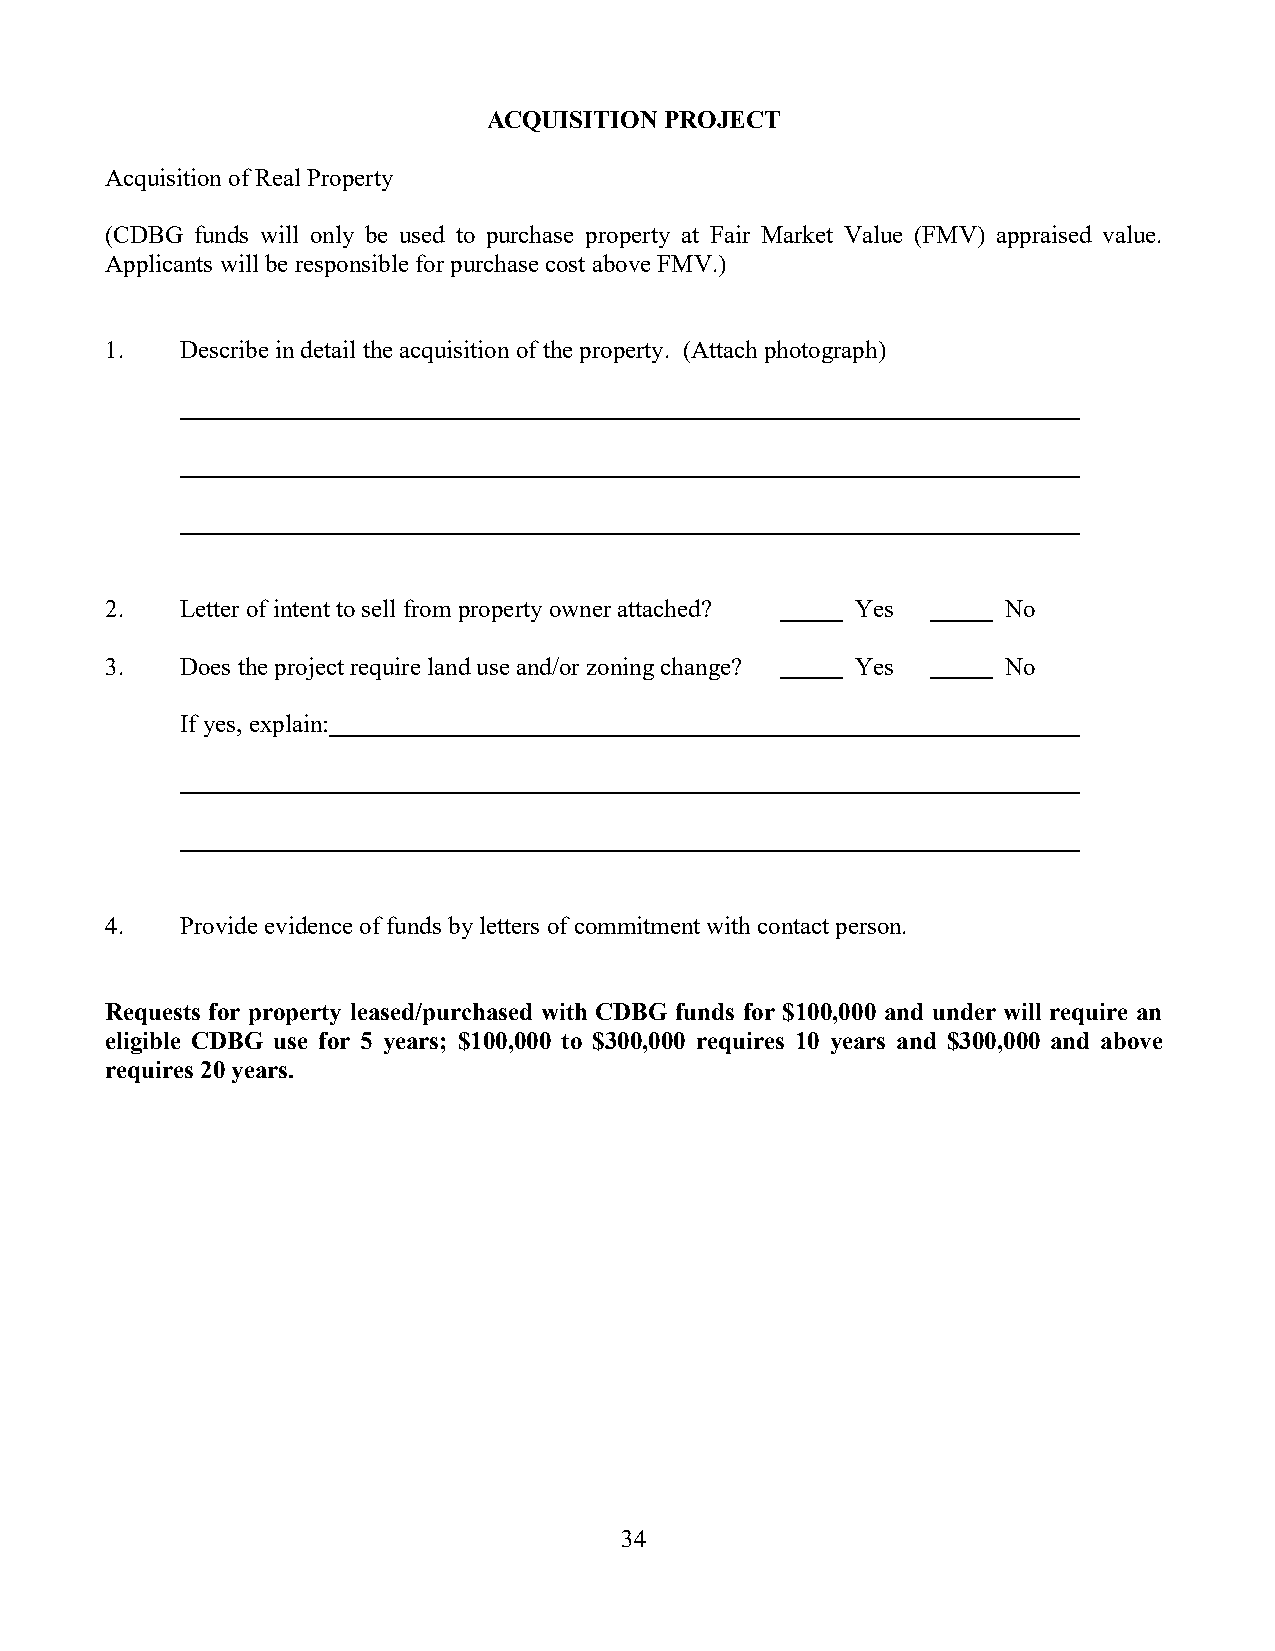
ACQUISITION PROJECT
 Acquisition of Real Property
 (CDBG funds will only be used to purchase property at Fair Market Value (FMV) appraised value.
 Applicants will be responsible for purchase cost above FMV.)
 1.   Describe in detail the acquisition of the property. (Attach photograph)
 2.   Letter of intent to sell from property owner attached? Yes No
 3.   Does the project require land use and/or zoning change? Yes No
 If yes, explain:
 4.   Provide evidence of funds by letters of commitment with contact person.
 Requests for property leased/purchased with CDBG funds for $100,000 and under will require an
 eligible CDBG use for 5 years; $100,000 to $300,000 requires 10 years and $300,000 and above
 requires 20 years.
 34